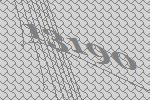
13190